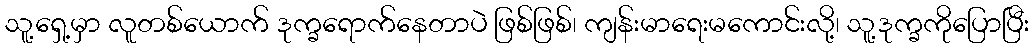
သူ့ရှေ့မှာ လူတစ်ယောက် ဒုက္ခရောက်နေတာပဲ ဖြစ်ဖြစ်၊ ကျန်းမာရေးမကောင်းလို့၊ သူ့ဒုက္ခကိုပြောပြီး